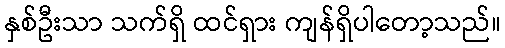
နှစ်ဦးသာ သက်ရှိ ထင်ရှား ကျန်ရှိပါတော့သည်။